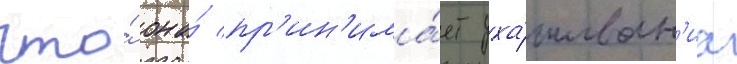
что́ она́ пр'ин'има́ет уха́живан'иа